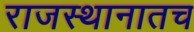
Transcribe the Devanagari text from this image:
राजस्थानातच